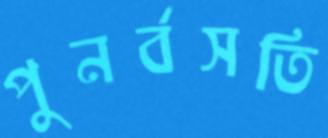
পুনর্বসতি